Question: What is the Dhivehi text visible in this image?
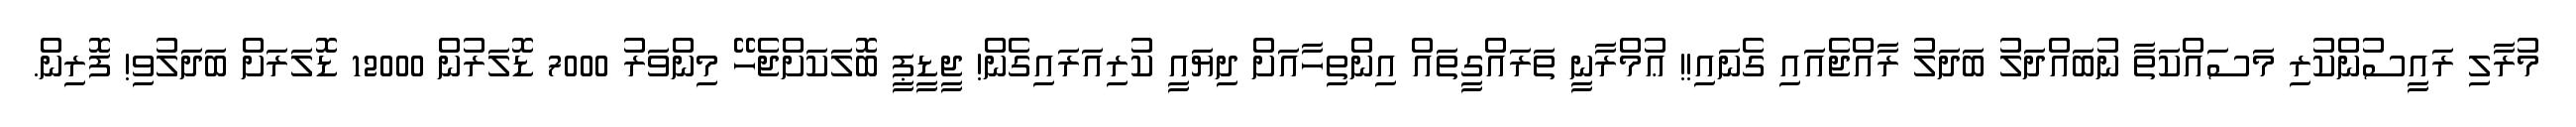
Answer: މުރާލި ރައީސުންކުރި މަސައްކަތާ ނުބައްދަލު ބަދަލު ރާއްޖެއައި ގެނައި!! ޢުމްރާނީ ތަރައްގީތައް އިންތިހާއަށް ދިޔައީ ކުރިއަރައިގެން! ޖީޑީޕީ ބޮލަކަށްޖެހޭ މިންވަރު 7000 ޑޮލަރުން 12000 ޑޮލަރަށް ބަދަލުވި! ފޮރިން.